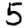
Digit: 5